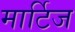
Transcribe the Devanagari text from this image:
मार्टिज